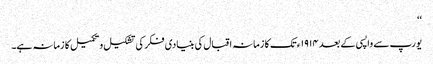
‘‘
یورپ سے واپسی کے بعد ١٩١۴ء تک کا زمانہ اقبال کی بنیادی فکر کی تشکیل و تکمیل کا زمانہ ہے۔